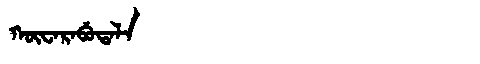
Manchu: ᡴᡡᠸᠠᡵᠠᠪᡠᡨᠠᠯᠠ
Romanization: KŪWARABUTALA